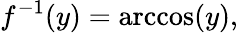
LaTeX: f^{-1}(y)=\operatorname{arccos}(y),